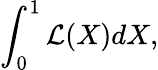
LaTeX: \int_{0}^{1}\mathcal{L}(X)dX,